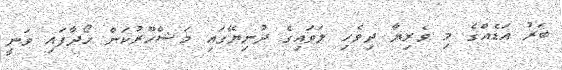
ބަރު އަޑެއްގެ މި ވެރިޔާ ދިވެހި ލަވައިގެ ދުނިޔޭގައި މަޝްހޫރުކަން ހޯދާފައި ވަނީ